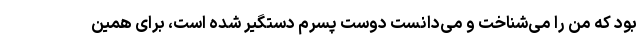
بود که من را می‌شناخت و می‌دانست دوست پسرم دستگیر شده است، برای همین